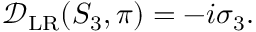
\begin{array} { r } { \mathcal { D } _ { \mathrm { L R } } ( S _ { 3 } , \pi ) = - i \sigma _ { 3 } . } \end{array}